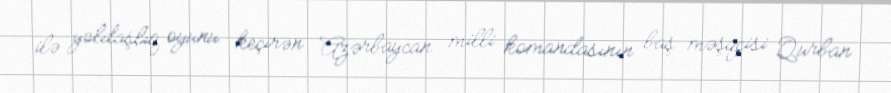
ilə yoldaşlıq oyunu keçirən Azərbaycan milli komandasının baş məşqçisi Qurban